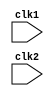
module pipe_MIPS32 (clk1, clk2);

input clk1, clk2;           // two phase clock

reg [31:0]  PC, IF_ID_IR, IF_ID_NPC;

reg [31:0]  ID_EX_IR, ID_EX_NPC, ID_EX_A, ID_EX_B, ID_EX_Imm;

reg [2:0]   ID_EX_type, EX_MEM_type, MEM_WB_type;

reg [31:0]  EX_MEM_IR, EX_MEM_ALUOut, EX_MEM_B;

reg         EX_MEM_cond;

reg [31:0]  MEM_WB_IR, MEM_WB_ALUOut, MEM_WB_LMD;

reg [31:0]  Reg [0:31];              //reg bank
reg [31:0]  Mem [0:1023];            //1024 x 32 memory

parameter   ADD = 6'b000000,  SUB = 6'b000001, AND = 6'b000010, OR = 6'b000011,
            SLT = 6'b000100,  MUL = 6'b000101, HLT = 6'b111111, LW = 6'b001000,
            SW  = 6'b001001,  ADDI= 6'b001010, SUBI= 6'b001011, SLTI=6'b001100,
            BNEQZ = 6'b001101, BEQZ= 6'b001110;

parameter   RR_ALU = 3'b000,  RM_ALU = 3'b001,    LOAD = 3'b010, STORE = 3'b011,
            BRANCH = 3'b100,  HALT = 3'b101;

reg HALTED;         //Set after halt instruction is completed
reg TAKEN_BRANCH;   //Required to disable instructions after branch



//Instruction Fetch = IF STAGE

always @ (posedge clk1)
    if(HALTED == 0)
    begin
                                //Execution of Branching

        if( ( (EX_MEM_IR[31:26] == BEQZ) && (EX_MEM_cond == 1) || (EX_MEM_IR == BNEQZ) && (EX_MEM_cond == 0) ) )//condition for 
                                                                                                                //branching

        begin
            IF_ID_IR        <= #2   Mem[EX_MEM_ALUOut];
            TAKEN_BRANCH    <= #2   1'b1;
            IF_ID_NPC       <= #2   EX_MEM_ALUOut + 1;
            PC              <= #2   EX_MEM_ALUOut + 1;
        end

        else    //Fetch
        
        begin
            IF_ID_IR        <= #2 Mem[PC];
            IF_ID_NPC       <= #2 PC + 1;
            PC              <= #2 PC + 1;        
        end
    end


//Instruction Decode = ID STAGE

always @ (posedge clk2)
    if(HALTED == 0)
    begin
        
        if (IF_ID_IR[25:21] == 5'b00000)        ID_EX_A <= 0;   //checking if source register is zero
        
        else    ID_EX_A     <= #2 Reg[IF_ID_IR[25:21]];         //otherwise assign it the values from the reg bank


        if (IF_ID_IR[20:16] == 5'b00000)        ID_EX_B <= 0;   //for target register

        else    ID_EX_B     <= #2 Reg[IF_ID_IR[20:16]];     

        ID_EX_NPC   <= #2 IF_ID_NPC;        //passing elements from stage IF to ID
        ID_EX_IR    <= #2 IF_ID_IR;
        ID_EX_Imm   <= #2 {{ 16{IF_ID_IR[15]}}, {IF_ID_IR[15:0]}};      //sign extension into 32 bits

        //Decoding the opcode TYPE and setting the TYPE REGISTER

        case(IF_ID_IR[31:26])
        ADD, SUB, AND, OR, SLT, MUL:     ID_EX_type <= #2 RR_ALU;
        ADDI, SUBI, SLTI:                ID_EX_type <= #2 RM_ALU;
        LW:                              ID_EX_type <= #2 LOAD;
        SW:                              ID_EX_type <= #2 STORE;
        BNEQZ, BEQZ:                     ID_EX_type <= #2 BRANCH;
        HLT:                             ID_EX_type <= #2 HALT;
        default:                         ID_EX_type <= #2 HALT; //for invalid opcode
                                                                
        endcase
    end


//Execute = EX STAGE

always @ (posedge clk1)
    if (HALTED == 0)
    begin
        
        EX_MEM_type  <= #2 ID_EX_type;       //passing elements across pipeline stage
        EX_MEM_IR    <= #2 ID_EX_IR;
        TAKEN_BRANCH <= #2 0;               //Reset the taken branch register

        case (ID_EX_type)
            RR_ALU:     //Register Register TYPE
            begin
                case (ID_EX_IR[31:26])  //decoding the opcode to perform the operation as ALU
                ADD:    EX_MEM_ALUOut <= #2 ID_EX_A + ID_EX_B;
                SUB:    EX_MEM_ALUOut <= #2 ID_EX_A - ID_EX_B;
                AND:    EX_MEM_ALUOut <= #2 ID_EX_A & ID_EX_B;
                OR:     EX_MEM_ALUOut <= #2 ID_EX_A | ID_EX_B;
                SLT:    EX_MEM_ALUOut <= #2 ID_EX_A < ID_EX_B;
                MUL:    EX_MEM_ALUOut <= #2 ID_EX_A * ID_EX_B;
                default: EX_MEM_ALUOut<= #2 32'hxxxxxxxx;
                endcase
            end

            RM_ALU:     //Regsiter Memory OFFSET Type
            begin
                case (ID_EX_IR[31:26])   
                ADDI:    EX_MEM_ALUOut <= #2 ID_EX_A + ID_EX_Imm;
                SUBI:    EX_MEM_ALUOut <= #2 ID_EX_A - ID_EX_Imm;
                SLTI:    EX_MEM_ALUOut <= #2 ID_EX_A < ID_EX_Imm;
                default: EX_MEM_ALUOut<= #2 32'hxxxxxxxx;
                endcase   
            end
            
            LOAD, STORE: //LOAD STORE
            begin
                EX_MEM_ALUOut <= #2 ID_EX_A + ID_EX_Imm; //Calculating the address of the memory
                EX_MEM_B      <= #2 ID_EX_B;             //forwarded B as it will be needed for store operation
            end

            BRANCH:
            begin
                EX_MEM_ALUOut <= #2 ID_EX_NPC + ID_EX_Imm; //Calculate the target address of the branch
                EX_MEM_cond   <= #2 (ID_EX_A == 0);         //calculating cond, which is used in IF Stage         
            end
        endcase

    end

//Memory R/W Operations= MEM STAGE

always @ (posedge clk2)
    if (HALTED == 0)
    begin
        MEM_WB_type <= #2 EX_MEM_type; //type and IR forwarded
        MEM_WB_IR   <= #2 EX_MEM_IR;

        case (EX_MEM_type)
        RR_ALU, RM_ALU:     MEM_WB_ALUOut   <= #2 EX_MEM_ALUOut; //for RR and RM type operations, Memory isnt needed

        LOAD :              MEM_WB_LMD      <= #2 Mem[EX_MEM_ALUOut];   //LOADING THE GIVEN MEMORY ADDRESS

        STORE:  if (TAKEN_BRANCH == 0)          // CHECK IF WRITE IS ENABLED. If TAKEN_BRANCH = 1, write is disabled
                            Mem[EX_MEM_ALUOut] <= #2 EX_MEM_B;
        endcase 
    end 

//Write Back in Registers = WB STAGE

always @ (posedge clk1)
    begin
        if (TAKEN_BRANCH == 0)      //if 1 , Disable write
        case (MEM_WB_type)
        RR_ALU:     Reg[MEM_WB_IR[15:11]]   <= #2 MEM_WB_ALUOut;    //r destination

        RM_ALU:     Reg[MEM_WB_IR[20:16]]   <= #2 MEM_WB_ALUOut;    //r target

        LOAD:       Reg[MEM_WB_IR[20:16]]   <= #2 MEM_WB_LMD;       //r target

        HALT:       HALTED <= #2 1'b1;
        endcase 
    end

endmodule